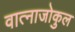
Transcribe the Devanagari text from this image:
वात्नाजोकुल